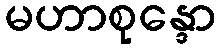
မဟာစုန္ဒော